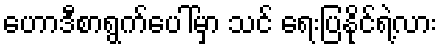
ဟောဒီစာရွက်ပေါ်မှာ သင် ရေးပြနိုင်ရဲ့လား